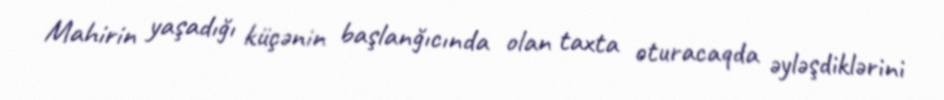
Mahirin yaşadığı küçənin başlanğıcında olan taxta oturacaqda əyləşdiklərini